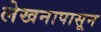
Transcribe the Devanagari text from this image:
लेखनापासून